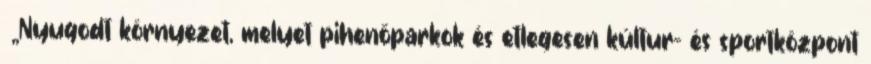
▪„Nyugodt környezet, melyet pihenőparkok és etlegesen kúltur- és sportközpont